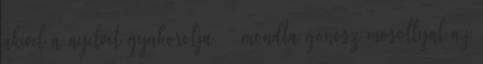
akivel a nyelvet gyakorolja. – mondta gonosz mosollyal az